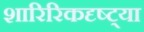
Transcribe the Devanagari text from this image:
शारिरिकदृष्ट्या